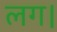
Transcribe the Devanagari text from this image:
लग।